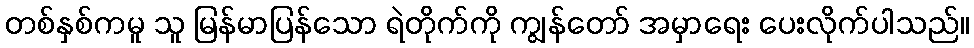
တစ်နှစ်ကမူ သူ မြန်မာပြန်သော ရဲတိုက်ကို ကျွန်တော် အမှာရေး ပေးလိုက်ပါသည်။